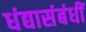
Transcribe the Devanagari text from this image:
धंद्यासंबंधीं